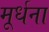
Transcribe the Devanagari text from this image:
मूर्धना